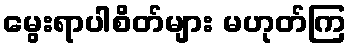
မွေးရာပါစိတ်များ မဟုတ်ကြ